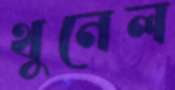
থুনেল